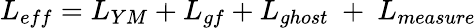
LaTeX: L_{eff}=L_{YM}+L_{gf}+L_{ghost}\ +\ L_{measure}